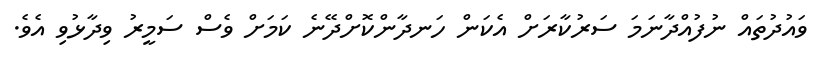
ވައުދުތައް ނުފުއްދާނަމަ ސަރުކާރަށް އެކަން ހަނދާންކޮށްދޭނެ ކަަމަށް ވެސް ސަމީރު ވިދާޅުވި އެވެ.